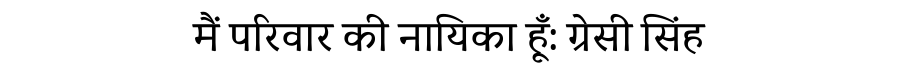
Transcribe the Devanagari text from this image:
मैं परिवार की नायिका हूँ: ग्रेसी सिंह